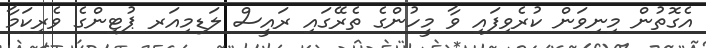
އެގޮތުން މިނިވަން ކުރެވިފައި ވާ މީހުންގެ ތެރޭގައި ރައީސް ލަޑިމިއަރ ޕުޓިންގެ ވެރިކަމާ